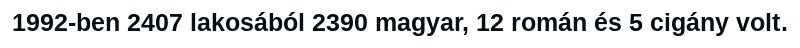
1992-ben 2407 lakosából 2390 magyar, 12 román és 5 cigány volt.